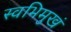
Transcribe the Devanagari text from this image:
स्वभिमुखं